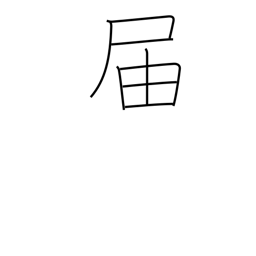
Meaning: arrive